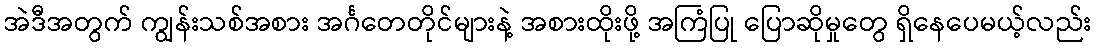
အဲဒီအတွက် ကျွန်းသစ်အစား အင်္ဂတေတိုင်များနဲ့ အစားထိုးဖို့ အကြံပြု ပြောဆိုမှုတွေ ရှိနေပေမယ့်လည်း